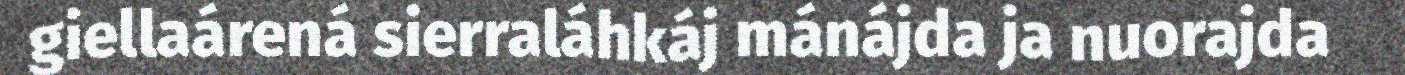
giellaárená sierraláhkáj mánájda ja nuorajda